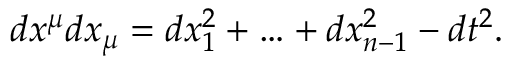
d x ^ { \mu } d x _ { \mu } = d x _ { 1 } ^ { 2 } + \ldots + d x _ { n - 1 } ^ { 2 } - d t ^ { 2 } .